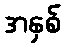
အနှစ်